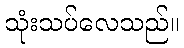
သုံးသပ်လေသည်။